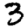
Digit: 3